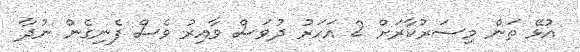
އުޅޭ ތަން މިސަރުކާރަށް 2 އަހަރު ދުވަސް ވާއިރު ވެސް ފެނިގެން ނުދާ